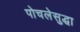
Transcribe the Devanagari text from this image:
पोचलेसुद्धा